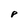
Character: P